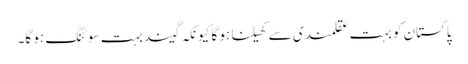
پاکستان کو بہت عقلمندی سے کھیلنا ہو گا کیونکہ گیند بہت سوئنگ ہو گا۔